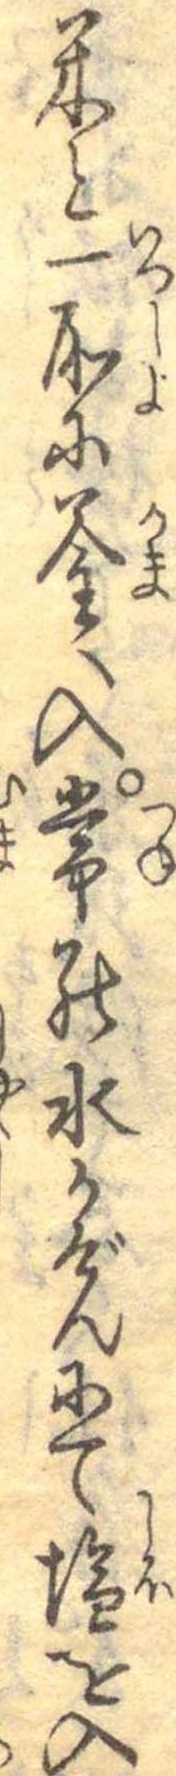
米と一所に釜へ入常の水かげんにて塩を入